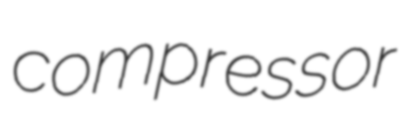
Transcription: compressor